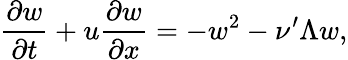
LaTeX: \frac{\partial w}{\partial t}+u\frac{\partial w}{\partial x}=-w^{2}-\nu^{\prime}\Lambda w,